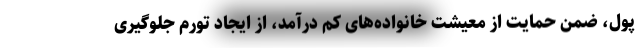
پول، ضمن حمایت از معیشت خانواده‌های کم درآمد، از ایجاد تورم جلوگیری